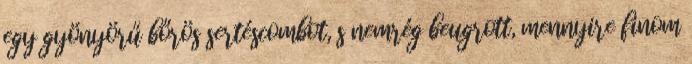
egy gyönyörű bőrös sertéscombot, s nemrég beugrott, mennyire finom